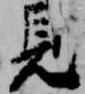
見